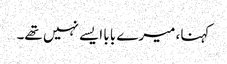
کہنا، میرے بابا ایسے نہیں تھے۔